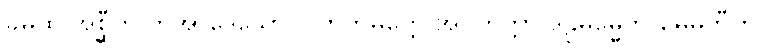
ခမထ အစ္ဆီတိ ဘူအာဒေသော ပါတိတမတ္တေ အပ္ပကတ္တာ ဒဠှဓမ္မေဘိ မေဓတီတိ